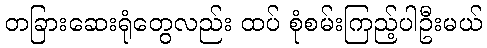
တခြားဆေးရုံတွေလည်း ထပ် စုံစမ်းကြည့်ပါဦးမယ်